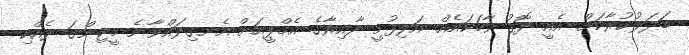
ބަދަލުކުރާކަށް. އެއީ ދޮގު ވާހަކައެއް. އަލިފުށީ ދާއިރާގެ އެމްޕީއަށް އެނގިލައްވާނެ މީޓިންގަ ދެއްކި